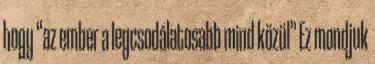
hogy “az ember a legcsodálatosabb mind közül” Ez mondjuk